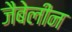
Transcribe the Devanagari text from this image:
जैबेलीन